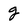
Character: g